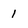
Character: 1